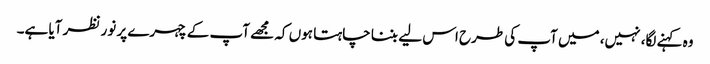
وہ کہنے لگا، نہیں، میں آپ کی طرح اس لیے بننا چاہتا ہوں کہ مجھے آپ کے چہرے پر نور نظر آیا ہے۔